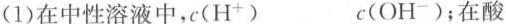
(1)在中性溶液中，c(H^{+})___c(OH^{-})；在酸